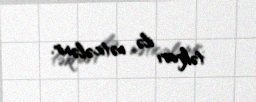
təkrarı ilə nəticələnir.